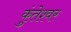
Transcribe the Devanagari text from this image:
कुंतेश्वर